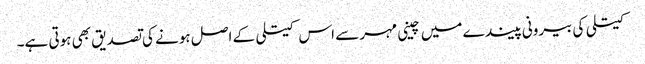
کیتلی کی بیرونی پیندے میں چینی مہر سے اس کیتلی کے اصل ہونے کی تصدیق بھی ہوتی ہے۔